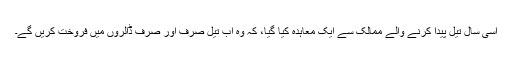
اسی سال تیل پیدا کرنے والے ممالک سے ایک معاہدہ کیا گیا، کہ وہ اب تیل صرف اور صرف ڈالروں میں فروخت کریں گے۔